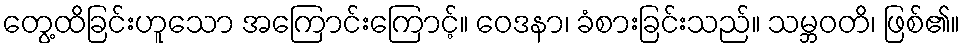
တွေ့ထိခြင်းဟူသော အကြောင်းကြောင့်။ ဝေဒနာ၊ ခံစားခြင်းသည်။ သမ္ဘဝတိ၊ ဖြစ်၏။